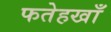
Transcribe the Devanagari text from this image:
फतेहखाँ